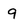
Character: 9